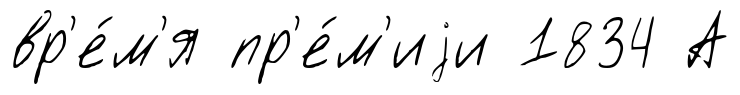
вр'е́м'я пр'е́м'иjи 1834 А